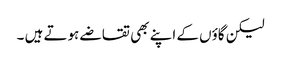
لیکن گاؤں کے اپنے بھی تقاضے ہوتے ہیں ۔